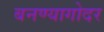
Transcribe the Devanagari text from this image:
बनण्यागोदर